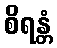
စိရန္တံ